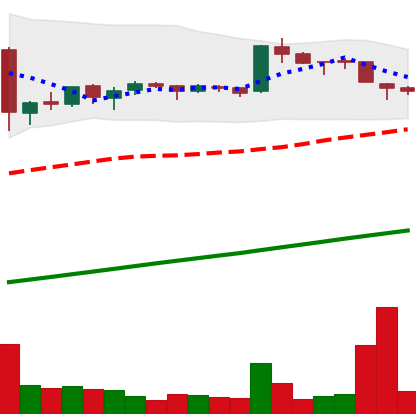
Ticker: BTC-USD
Chart end date: 2016-01-14
Forward return: -11.656%
Label: down_7plus